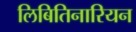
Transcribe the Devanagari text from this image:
लिबितिनारियन